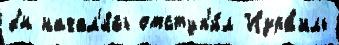
бн начал'и́сь отступ'и́л Изра́иль